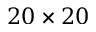
2 0 \times 2 0